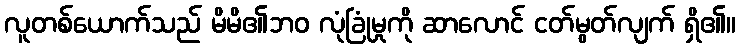
လူတစ်ယောက်သည် မိမိ၏ဘဝ လုံခြုံမှုကို ဆာလောင် ငတ်မွတ်လျက် ရှိ၏။